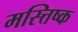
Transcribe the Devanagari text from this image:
मस्त्तिष्क